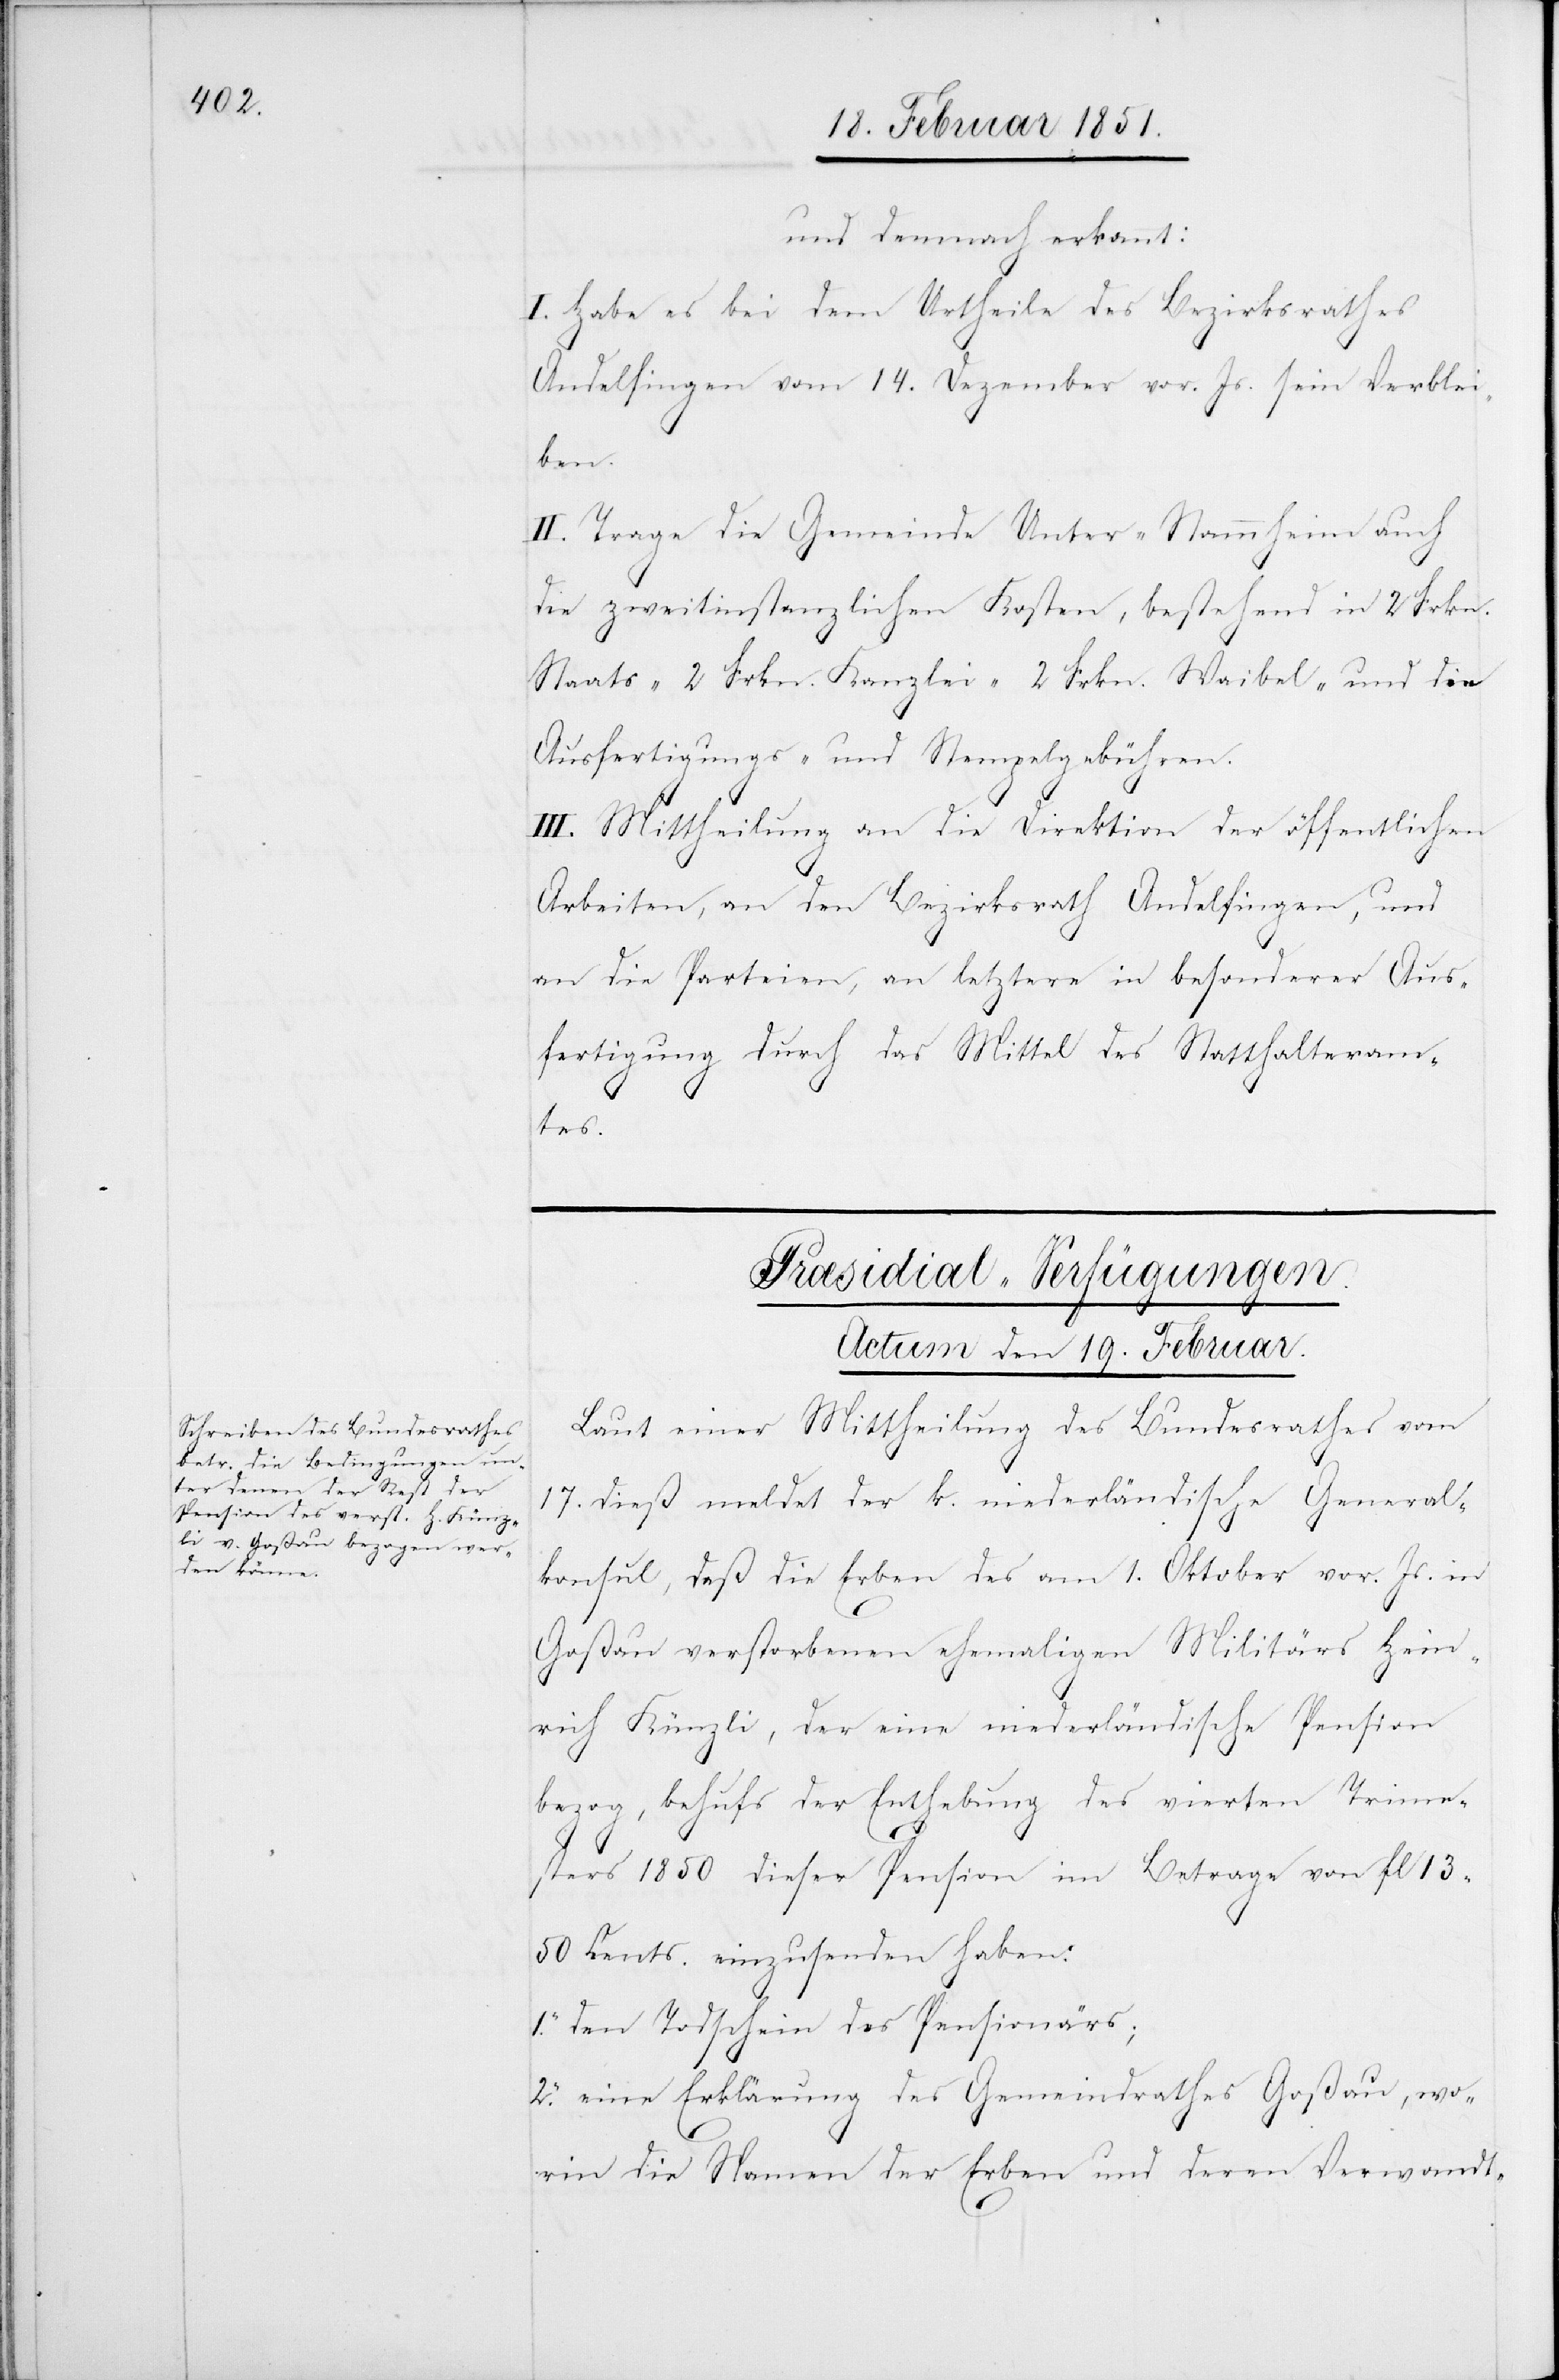
und demnach erkannt:
I. Habe es bei dem Urtheile des Bezirksrathes
Andelfingen vom 14. Dezember vor. Js. sein Verblei¬
ben.
II. Trage die Gemeinde Unter-Stammheim auch
die zweitinstanzlichen Kosten, bestehend in 2 Frkn.
Staats-[,] 2 Frkn. Kanzlei-[,] 2 Frkn. Waibel- und die
Ausfertigungs- und Stempelgebühren.
III. Mittheilung an die Direktion der öffentlichen
Arbeiten, an den Bezirksrath Andelfingen, und
an die Parteien, an letztere in besonderer Aus¬
fertigung durch das Mittel des Statthalteram¬
tes.
Præsidial-Verfügungen.
Actum den 19. Februar.
Laut einer Mittheilung des Bundesrathes vom
17. dieß meldet der k. niederländische General¬
konsul, daß die Erben des am 1. Oktober vor. Js. in
Goßau verstorbenen ehemaligen Militärs Hein¬
rich Künzli, der eine niederländische Pension
bezog, behufs der Enthebung des vierten Trime¬
sters 1850 dieser Pension im Betrage von fl 13
50 Cents. einzusenden haben:
1. den Todschein des Pensionärs;
2. eine Erklärung des Gemeindrathes Goßau, wo¬
rin die Namen der Erben und deren Verwandt-